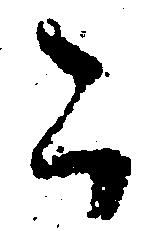
こ